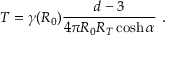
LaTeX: T = \gamma ( R _ { 0 } ) \frac { d - 3 } { 4 \pi R _ { 0 } R _ { T } \cosh \alpha } \ .